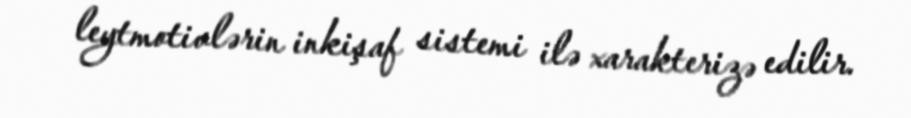
leytmotivlərin inkişaf sistemi ilə xarakterizə edilir.